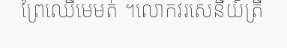
ព្រៃឈើមេមត់ ។លោកវរសេនីយ៍ត្រី